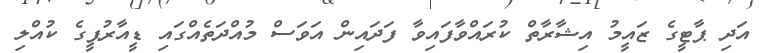
އަދި ޕާޓީގެ ޒައީމު އިޝާރާތް ކުރައްވާފައިވާ ފަދައިން އަވަސް މުއްދަތެއްގައި ޑީއާރުޕީގެ ކުއްލި